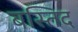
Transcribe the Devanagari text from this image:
बस्तिद